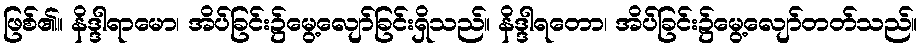
ဖြစ်၏။ နိဒ္ဒါရာမော၊ အိပ်ခြင်း၌မွေ့လျော်ခြင်းရှိသည်။ နိဒ္ဒါရတော၊ အိပ်ခြင်း၌မွေ့လျော်တတ်သည်။